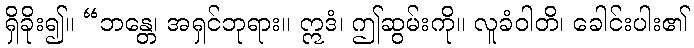
ရှိခိုး၍။ “ဘန္တေ၊ အရှင်ဘုရား။ ဣဒံ၊ ဤဆွမ်းကို။ လူခံဝါတိ၊ ခေါင်းပါး၏